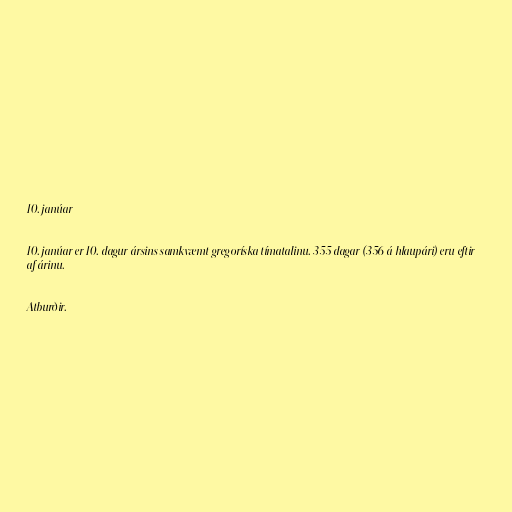
10. janúar

10. janúar er 10. dagur ársins samkvæmt gregoríska tímatalinu. 355 dagar (356 á hlaupári) eru eftir
af árinu.

Atburðir.